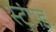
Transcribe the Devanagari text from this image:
स्टंपड